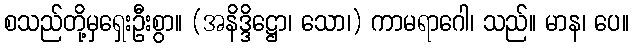
စသည်တို့မှရှေးဦးစွာ။ (အနိဒ္ဒိဋ္ဌော၊ သော၊) ကာမရာဂေါ၊ သည်။ မာန၊ ပေ။